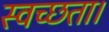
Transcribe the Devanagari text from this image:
स्वच्छता।